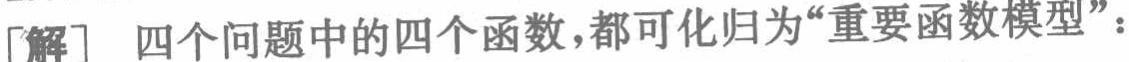
[解] 四个问题中的四个函数，都可化归为“重要函数模型”：